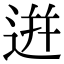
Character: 逬